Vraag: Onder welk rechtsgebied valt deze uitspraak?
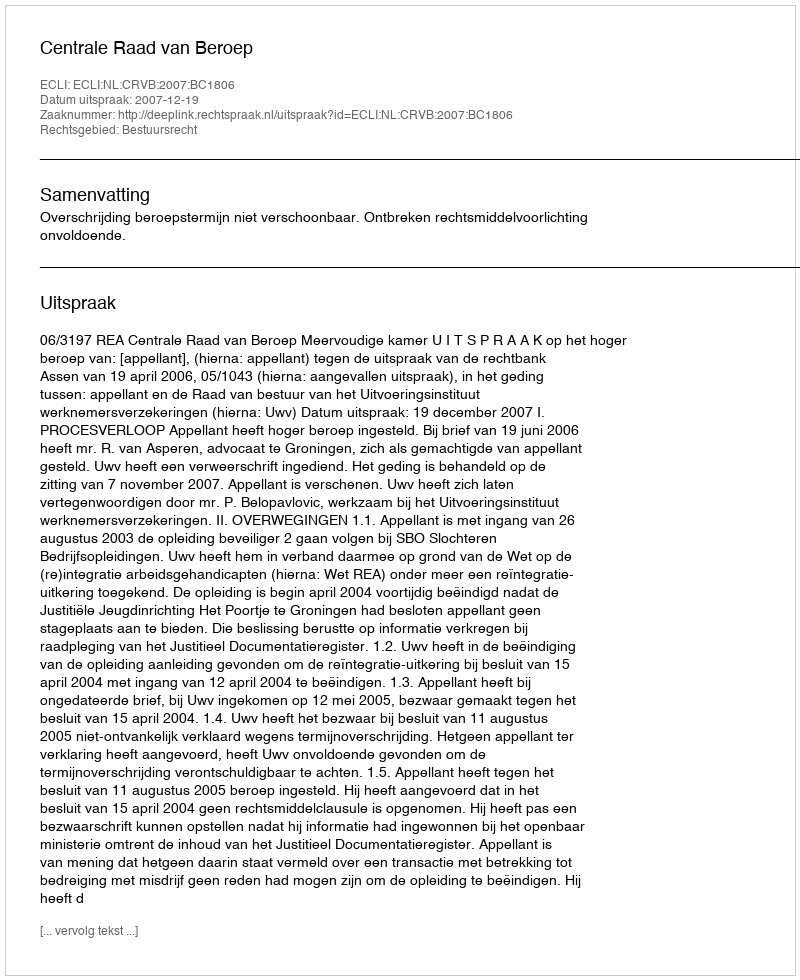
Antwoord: Bestuursrecht